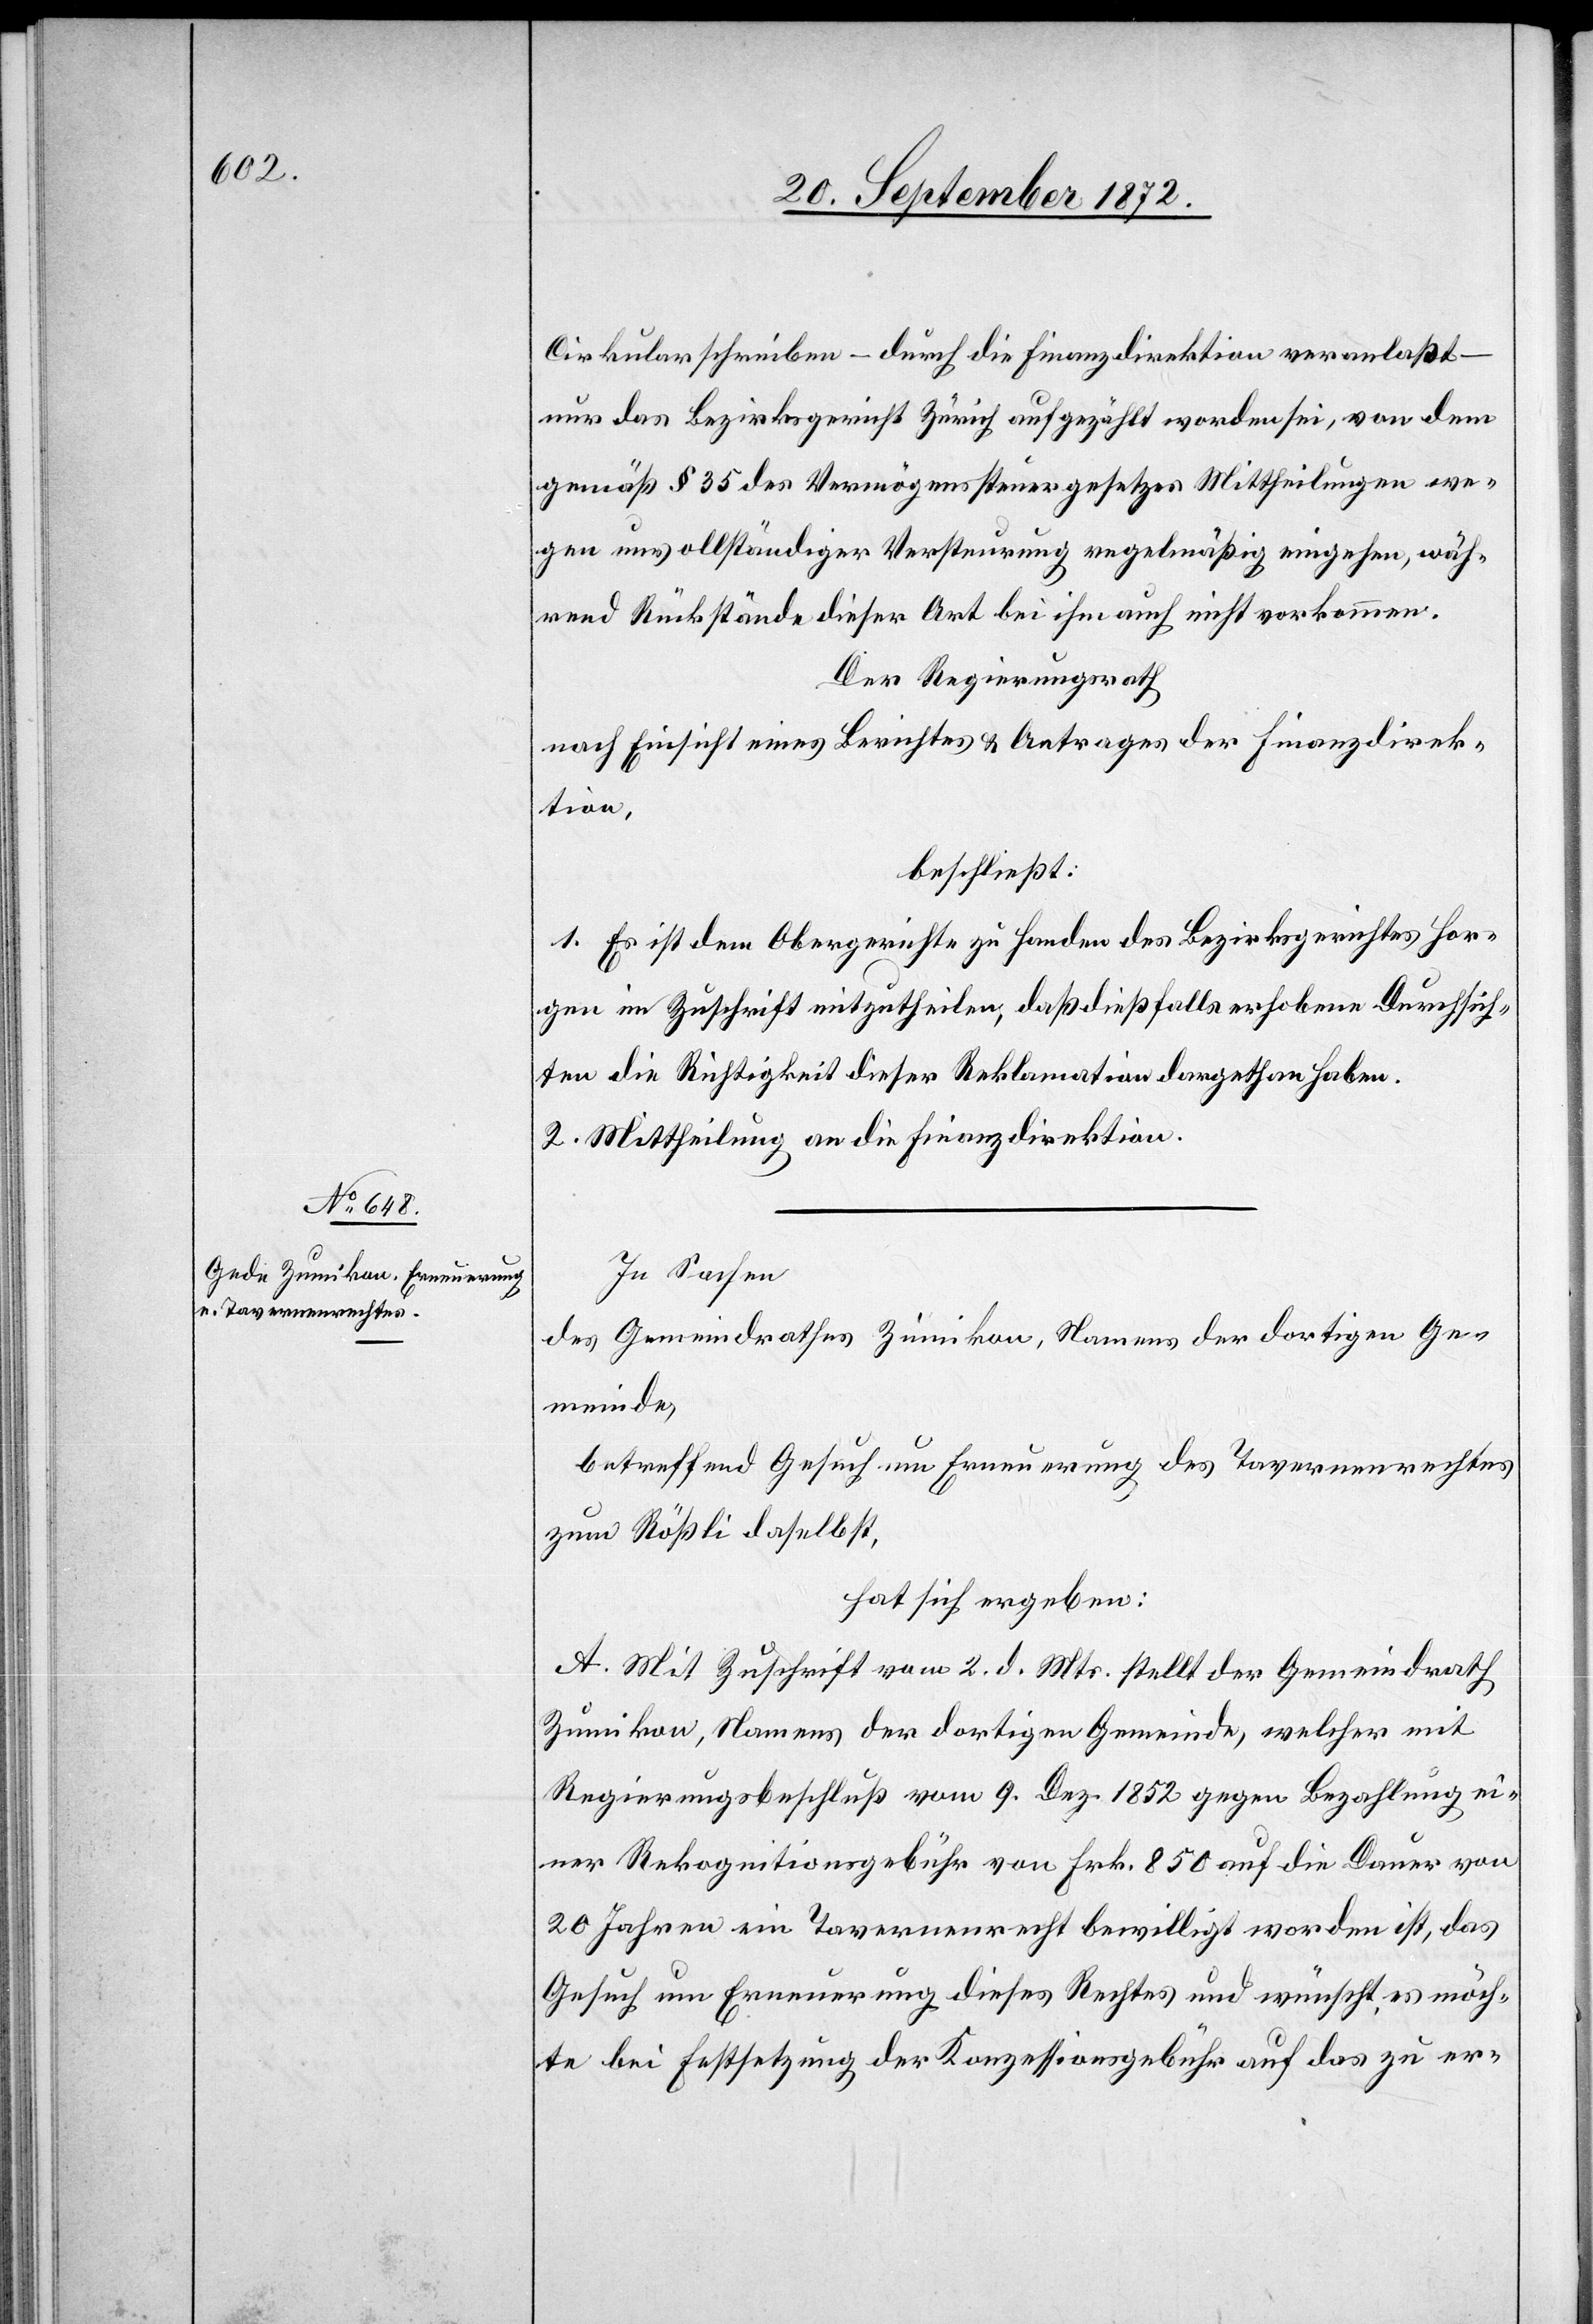
Cirkularschreiben – durch die Finanzdirektion veranlaßt
nur das Bezirksgericht Zürich aufgezählt worden sei, von dem
gemäß § 35 des Vermögenssteuergesetzes Mittheilungen we¬
gen unvollständiger Versteuerung regelmäßig eingehen, wäh¬
rend Rückstände dieser Art bei ihm auch nicht vorkommen.
Der Regierungsrath
nach Einsicht eines Berichtes u. Antrages der Finanzdirek¬
tion,
beschließt:
1. Es ist dem Obergerichte zu Handen des Bezirksgerichtes Hor¬
gen im [sic!] Zuschrift mitzutheilen, daß dießfalls erhobene Durchsich¬
ten die Richtigkeit dieser Reklamation dargethan haben.
2. Mittheilung an die Finanzdirektion.
In Sachen
des Gemeindrathes Zumikon, Namens der dortigen Ge¬
meinde,
betreffend Gesuch um Erneuerung des Tavernenrechtes
zum Rößli daselbst,
hat sich ergeben:
A. Mit Zuschrift vom 2. d. Mts. stellt der Gemeindrath
Zumikon, Namens der dortigen Gemeinde, welcher mit
Regierungsbeschluß vom 9. Dez. 1852 gegen Bezahlung ei¬
ner Rekognitionsgebühr von Frk. 850 auf die Dauer von
20 Jahren ein Tavernenrecht bewilligt worden ist, das
Gesuch um Erneuerung dieses Rechtes und wünscht, es möch¬
te bei Festsetzung der Konzessionsgebühr auf das zu er-